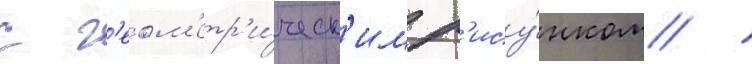
с г'еом'етр'и́ческ'им р'ису́нком /